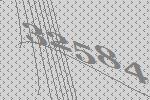
32584